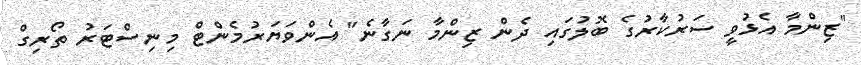
"ޒިންމާ އެޅުވީ ސަރުކާރުގެ ބޮލުގައި ދެން ޒިންމާ ނަގާނެ" އެންވަޔަރުމެންޓް މިނިސްޓަރު ތޯރިގް